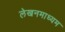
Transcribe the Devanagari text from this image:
लेखनमाध्यम